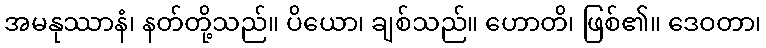
အမနုဿာနံ၊ နတ်တို့သည်။ ပိယော၊ ချစ်သည်။ ဟောတိ၊ ဖြစ်၏။ ဒေဝတာ၊